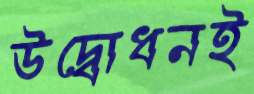
উদ্বোধনই